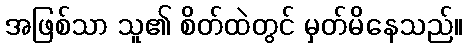
အဖြစ်သာ သူ၏ စိတ်ထဲတွင် မှတ်မိနေသည်။